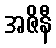
အဇိနီ